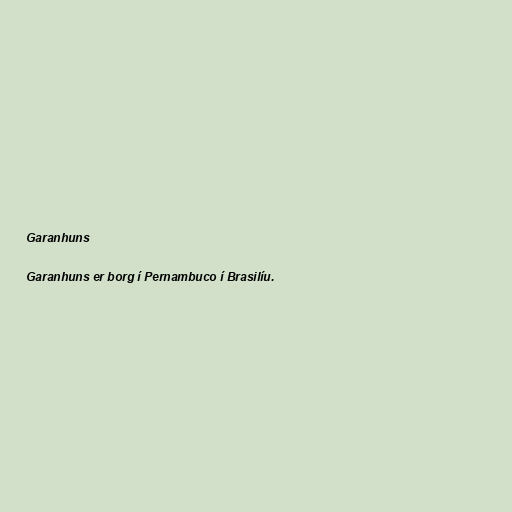
Garanhuns

Garanhuns er borg í Pernambuco í Brasilíu.